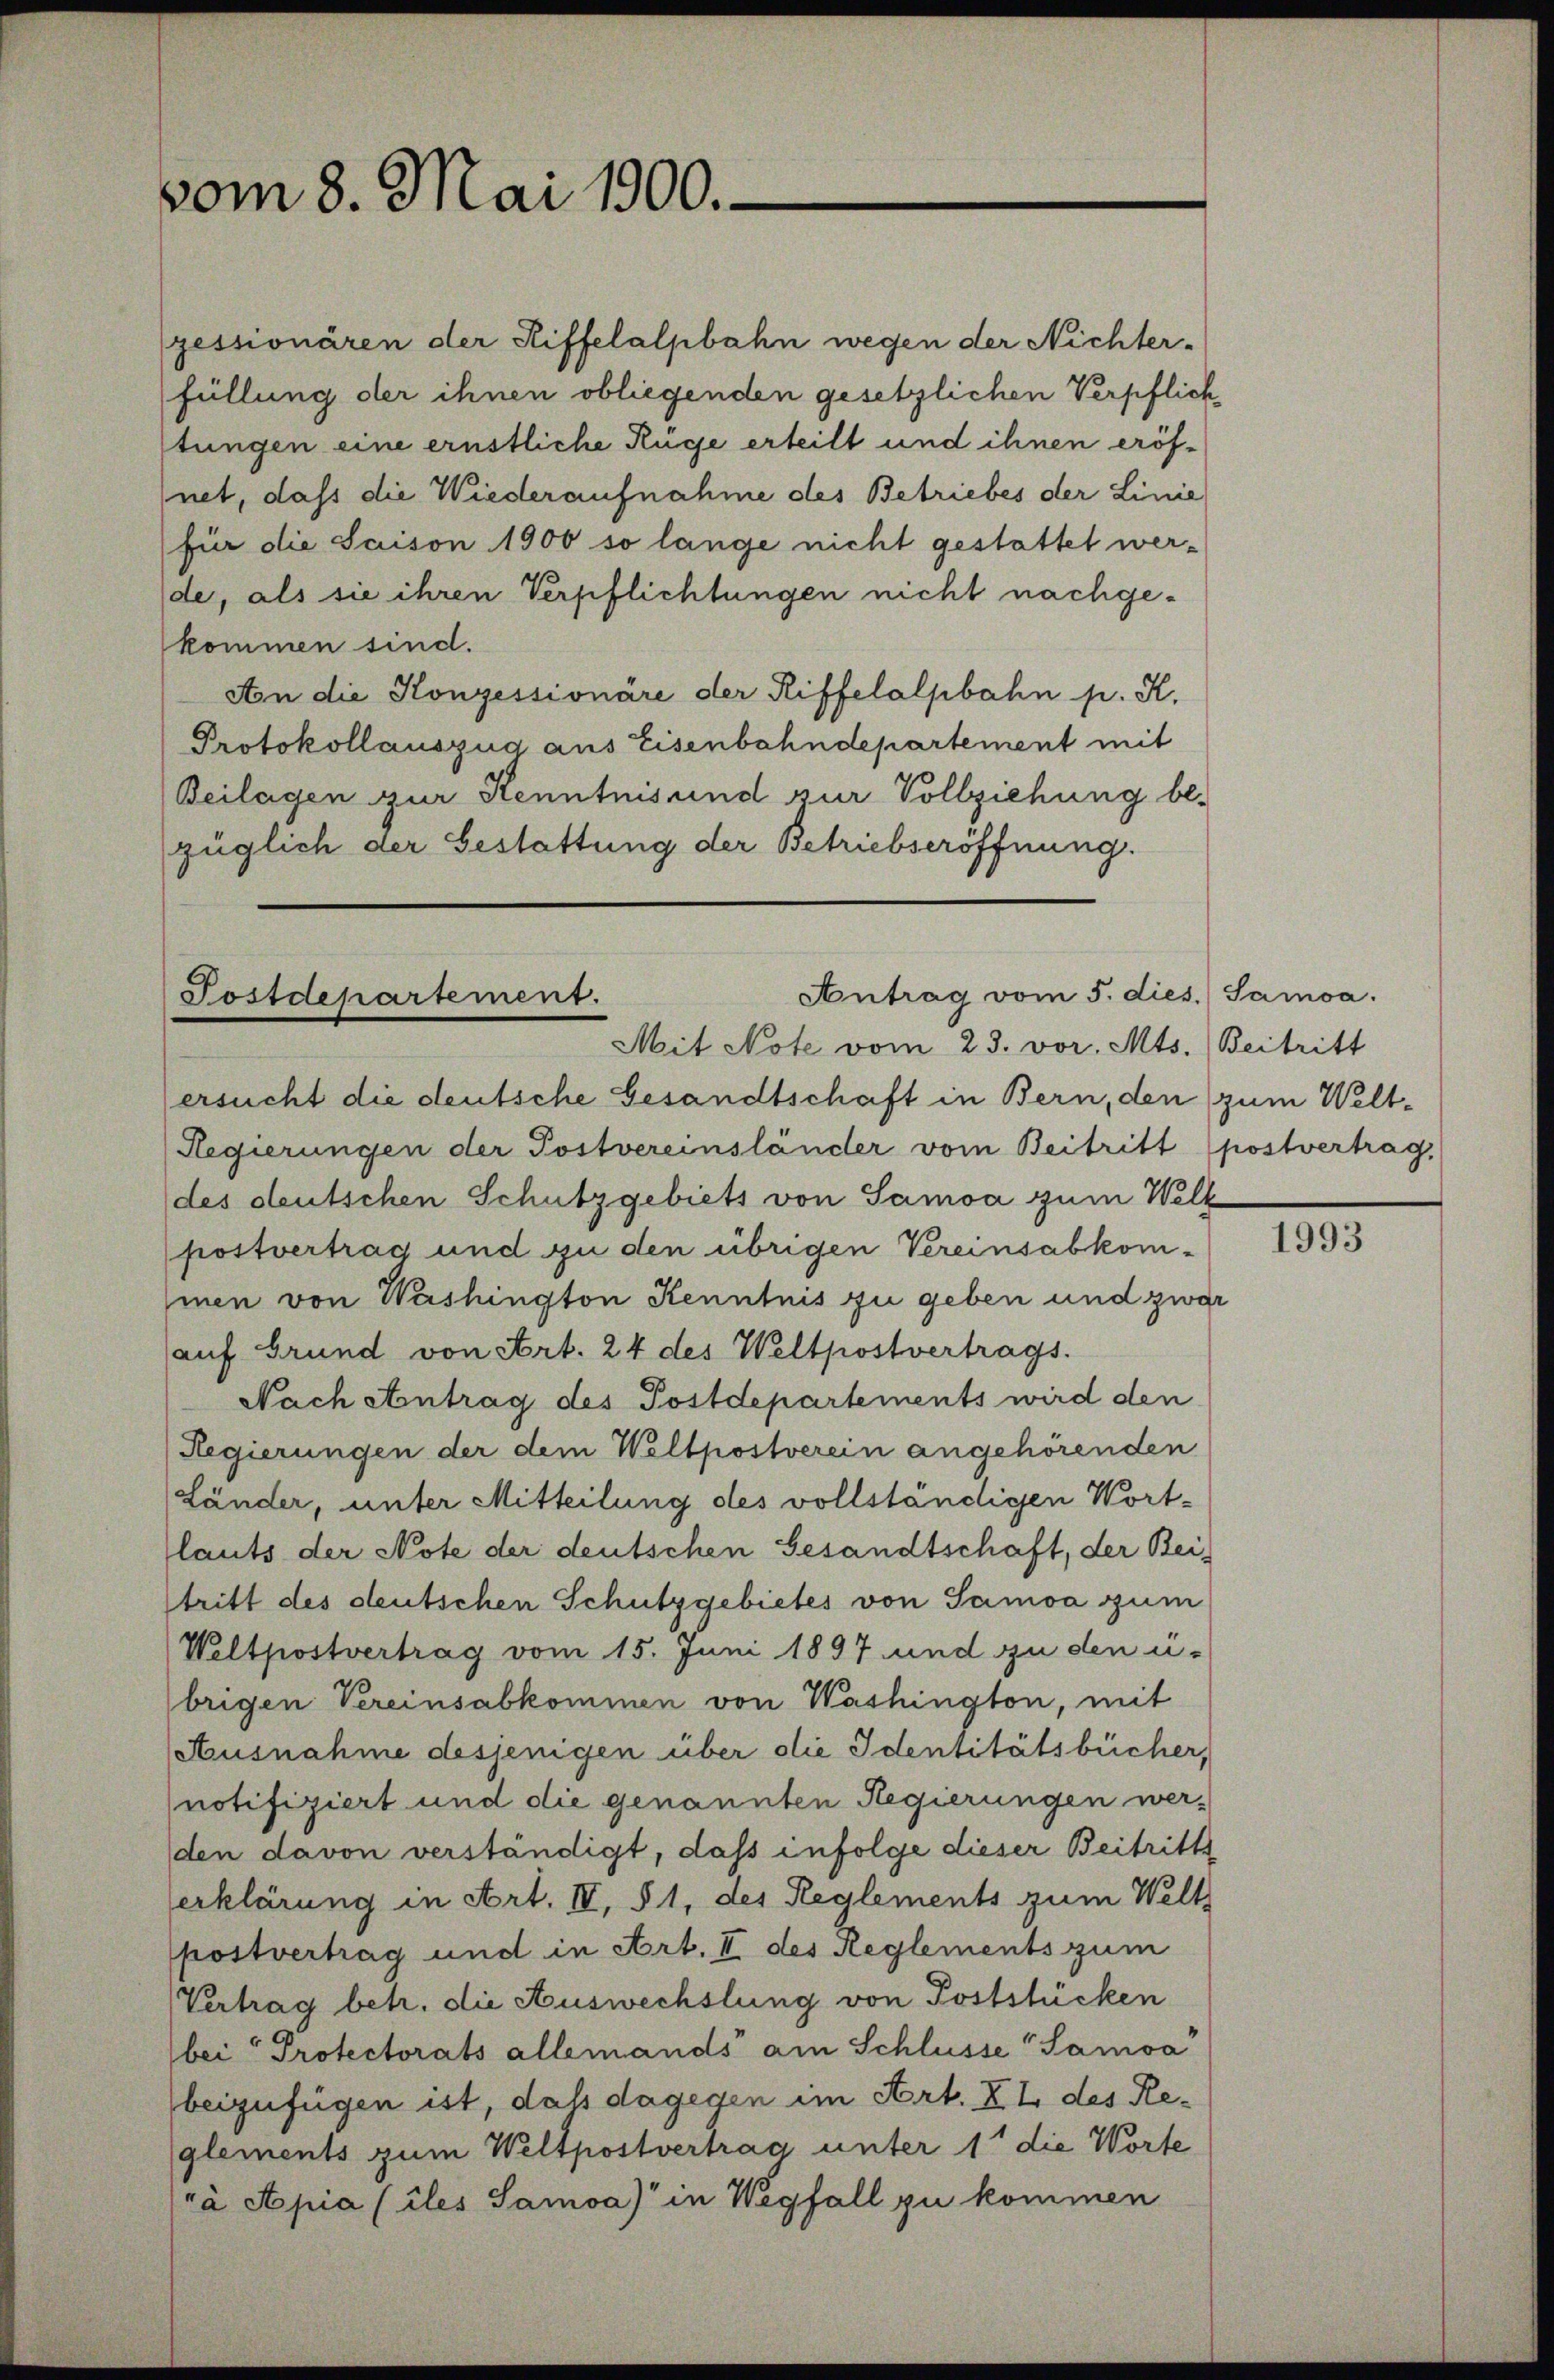
vom 8. Mai 1900.

pessionären der Riffelalpbahn wegen der Nichter-
füllung der ihnen obliegenden gesetzlichen Verpflich
tungen eine ernstliche Rüge erteilt und ihnen eröfnet, dass die Wiederaufnahme des Betriebes der Linie
(für die Saison 1900 so lange nicht gestattet werde, als sie ihren Verpflichtungen nicht nachgekommen sind.
An die Konzessionäre der Riffelalpbahn p. K.
Protokollauszug aus Eisenbahndepartement mit
Beilagen zur Kenntnis und zur Vollziehung be-
züglich der Gestattung der Betriebseröffnung.

Antrag vom 5. dies. Samoa.
Postdepartement.
Mit Note vom 23. vor. Mts. Beitritt

ersucht die deutsche Gesandtschaft in Bern, den zum Welt¬
Regierungen der Postvereinsländer vom Beitritt (postvertrag,
des deutschen Schutzgebiets von Samoa zum Well
postvertrag und zu den übrigen Vereinsabkom-
inen von Washington Kenntnis zu geben und zwar
auf Grund von Art. 24 des Weltpostvertrags.
Nach Antrag des Postdepartements wird den
Regierungen der dem Weltpostverein angehörenden
Länder, unter Mitteilung des vollständigen Wort¬
(lauts der Note der deutschen Gesandtschaft, der Beitritt des deutschen Schutzgebietes von Samoa zum
Weltpostvertrag vom 15. Juni 1897 und zu den ü-
brigen Vereinsabkommen von Washington, mit
Ausnahme desjenigen über die Identitätsbücher,
notifiziert und die genannten Regierungen wer-
den davon verständigt, daß infolge dieser Beitritts
erklärung in Art. IV, § 1, des Reglements zum Welt
postvertrag und in Art. II des Reglements zum
Vertrag betr. die Auswechslung von Poststücken
bei Protectorats allemands am Schlüsse Samoa
beizufügen ist, daß dagegen im Art. II des Reglements zum Weltpostvertrag unter 1 die Worte
rà Apia (iles Samoa) in Wegfall zu kommen

1993